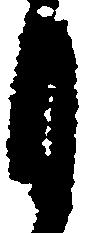
月